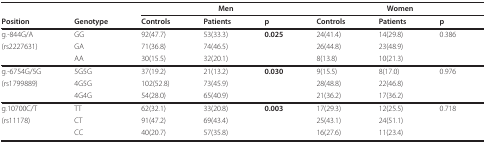
<table><thead><tr><td></td><td></td><td colspan="3"><b>Men</b></td><td colspan="3"><b>Women</b></td></tr><tr><td><b>Position</b></td><td><b>Genotype</b></td><td><b>Controls</b></td><td><b>Patients</b></td><td><b>p</b></td><td><b>Controls</b></td><td><b>Patients</b></td><td><b>p</b></td></tr></thead><tbody><tr><td>g.-844G/A</td><td>GG</td><td>92(47.7)</td><td>53(33.3)</td><td><b>0.025</b></td><td>24(41.4)</td><td>14(29.8)</td><td>0.386</td></tr><tr><td>(rs2227631)</td><td>GA</td><td>71(36.8)</td><td>74(46.5)</td><td></td><td>26(44.8)</td><td>23(48.9)</td><td></td></tr><tr><td></td><td>AA</td><td>30(15.5)</td><td>32(20.1)</td><td></td><td>8(13.8)</td><td>10(21.3)</td><td></td></tr><tr><td>g.-6754G/5G</td><td>5G5G</td><td>37(19.2)</td><td>21(13.2)</td><td><b>0.030</b></td><td>9(15.5)</td><td>8(17.0)</td><td>0.976</td></tr><tr><td>(rs1799889)</td><td>4G5G</td><td>102(52.8)</td><td>73(45.9)</td><td></td><td>28(48.8)</td><td>22(46.8)</td><td></td></tr><tr><td></td><td>4G4G</td><td>54(28.0)</td><td>65(40.9)</td><td></td><td>21(36.2)</td><td>17(36.2)</td><td></td></tr><tr><td>g.10700C/T</td><td>TT</td><td>62(32.1)</td><td>33(20.8)</td><td><b>0.003</b></td><td>17(29.3)</td><td>12(25.5)</td><td>0.718</td></tr><tr><td>(rs11178)</td><td>CT</td><td>91(47.2)</td><td>69(43.4)</td><td></td><td>25(43.1)</td><td>24(51.1)</td><td></td></tr><tr><td></td><td>CC</td><td>40(20.7)</td><td>57(35.8)</td><td></td><td>16(27.6)</td><td>11(23.4)</td><td></td></tr></tbody></table>